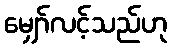
မျှော်လင့်သည်ဟု